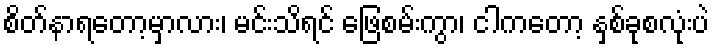
စိတ်နာရတော့မှာလား၊ မင်းသိရင် ဖြေစမ်းကွာ၊ ငါကတော့ နှစ်ခုစလုံးပဲ